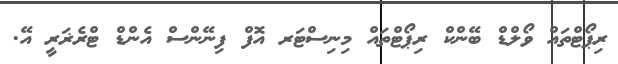
ރިޕޯޓްތައް ވޯލްޑް ބޭންކް ރިޕޯޓްތައް މިނިސްޓަރ އޮފް ފިނޭންސް އެންޑް ޓްރެޜަރީ އޭ.